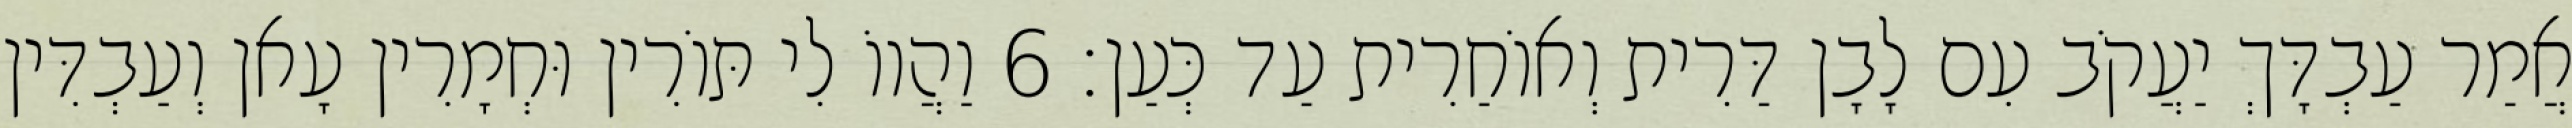
אֲמַר עַבְדָּךְ יַעֲקֹב עִם לָבָן דַּרִית וְאוֹחַרִית עַד כְּעַן׃ 6 וַהֲווֹ לִי תּוֹרִין וּחְמָרִין עָאן וְעַבְדִּין